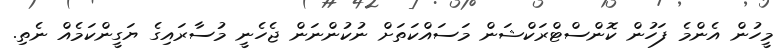
މީހުން އެންމެ ފަހުން ކޮންސްޓްރަކްޝަން މަސައްކަތަށް ނުކުންނަން ޖެހެނީ މުސާރައިގެ ޔަގީންކަމެއް ނެތި.